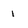
Character: 1